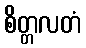
စိတ္တလတံ